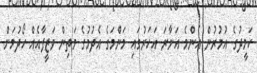
ހަމީދުގެ އުމުރުން އެންމެ އަށާރަ އަހަރުގައި މަންމަގެ އެދުމުގެ މަތިން ވަޒީފާއެއް ހޯދުމަށް